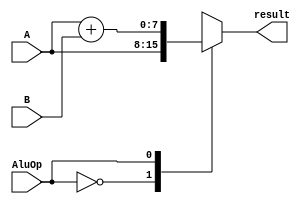

module ALU(A , B ,AluOp ,result);
input [7:0]A ;
input [7:0]B ;
input AluOp;
output reg [7:0]result;

always@(*)
begin
case(AluOp)

	1'b0	:	result=A;
	1'b1	:	result=A+B;
	endcase

end
endmodule

module forwarding_unit(input [2:0] rs1, input [2:0]rs2, input [2:0]rd, input regwrite, output reg forward_rs1, output reg forward_rs2 );
always @ (*)
begin

if (regwrite == 1 && rd==rs1)
begin
forward_rs1=1;
end

else
begin
forward_rs1=0;
end
 
if (regwrite == 1 && rd==rs2)
begin
forward_rs2=1;
end

else
begin
forward_rs2=0;
end

end
endmodule